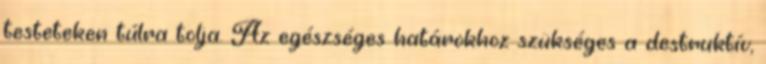
testeteken túlra tolja. Az egészséges határokhoz szükséges a destruktív,